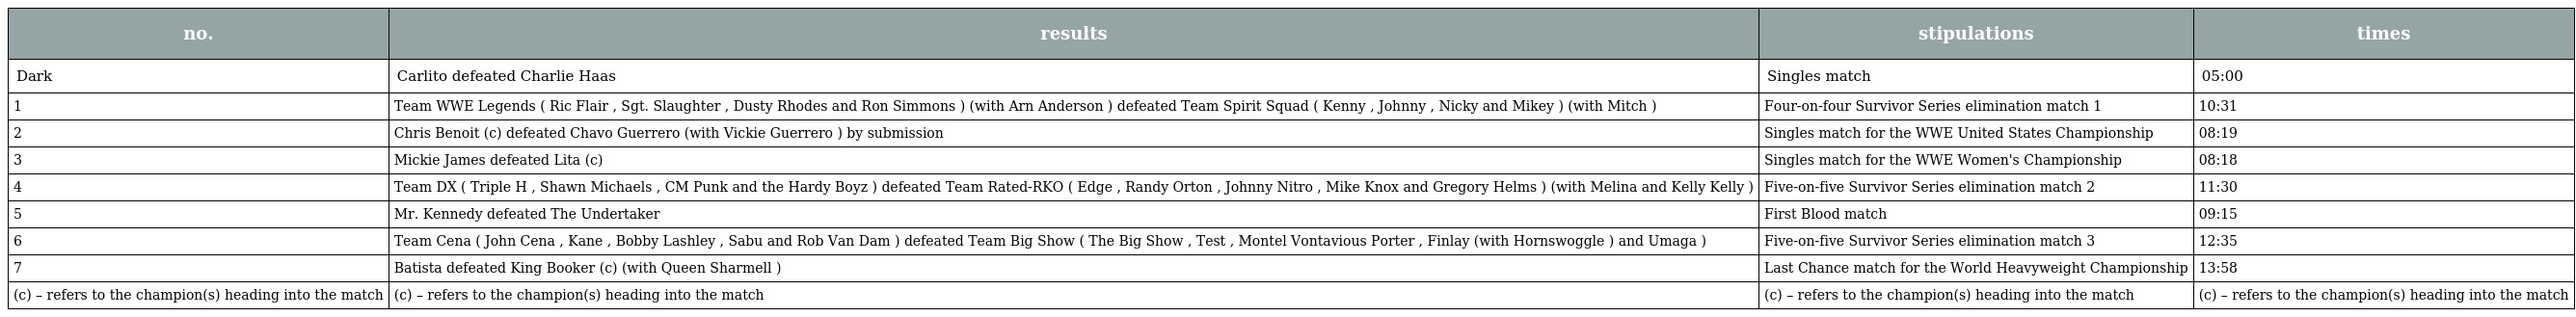
| no. | results | stipulations | times |
 | --- | --- | --- | --- |
 | Dark | Carlito defeated Charlie Haas | Singles match | 05:00 |
 | 1 | Team WWE Legends ( Ric Flair , Sgt. Slaughter , Dusty Rhodes and Ron Simmons ) (with Arn Anderson ) defeated Team Spirit Squad ( Kenny , Johnny , Nicky and Mikey ) (with Mitch ) | Four-on-four Survivor Series elimination match 1 | 10:31 |
 | 2 | Chris Benoit (c) defeated Chavo Guerrero (with Vickie Guerrero ) by submission | Singles match for the WWE United States Championship | 08:19 |
 | 3 | Mickie James defeated Lita (c) | Singles match for the WWE Women's Championship | 08:18 |
 | 4 | Team DX ( Triple H , Shawn Michaels , CM Punk and the Hardy Boyz ) defeated Team Rated-RKO ( Edge , Randy Orton , Johnny Nitro , Mike Knox and Gregory Helms ) (with Melina and Kelly Kelly ) | Five-on-five Survivor Series elimination match 2 | 11:30 |
 | 5 | Mr. Kennedy defeated The Undertaker | First Blood match | 09:15 |
 | 6 | Team Cena ( John Cena , Kane , Bobby Lashley , Sabu and Rob Van Dam ) defeated Team Big Show ( The Big Show , Test , Montel Vontavious Porter , Finlay (with Hornswoggle ) and Umaga ) | Five-on-five Survivor Series elimination match 3 | 12:35 |
 | 7 | Batista defeated King Booker (c) (with Queen Sharmell ) | Last Chance match for the World Heavyweight Championship | 13:58 |
 | (c) – refers to the champion(s) heading into the match | (c) – refers to the champion(s) heading into the match | (c) – refers to the champion(s) heading into the match | (c) – refers to the champion(s) heading into the match |